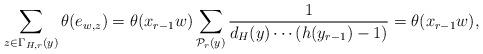
LaTeX: \begin{align*}\sum_{z\in \Gamma_{H,r}(y)}\theta(e_{w,z}) = \theta(x_{r-1}w)\sum_{\mathcal{P}_r(y)}\frac{1}{d_{H}(y)\cdots (h(y_{r-1})-1 ) } =\theta(x_{r-1}w), \end{align*}